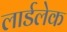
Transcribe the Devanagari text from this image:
लार्डलेक